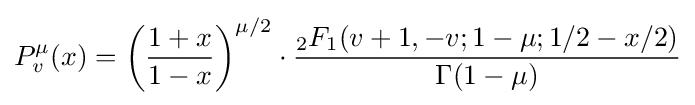
P_{v}^{\mu }(x)=\left({\frac {1+x}{1-x}}\right)^{\mu /2}\cdot {\frac {{}_{2}F_{1}(v+1,-v;1-\mu ;1/2-x/2)}{\Gamma (1-\mu )}}